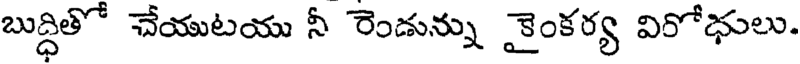
బుద్ధితో చేయుటయు నీ రెండున్ను కైంకర్య విరోధులు.